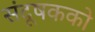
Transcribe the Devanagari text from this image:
संदूषकको